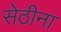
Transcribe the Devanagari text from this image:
सेठीना